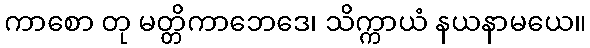
ကာစော တု မတ္တိကာဘေဒေ၊ သိက္ကာယံ နယနာမယေ။